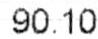
90.10